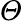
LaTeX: \mit\Theta